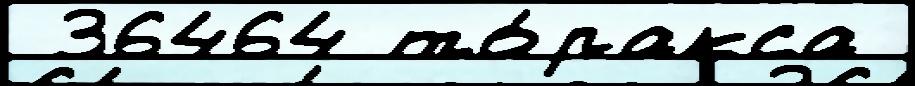
 36464 то́ракса